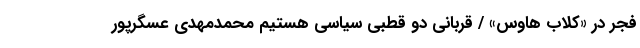
فجر در «کلاب‌ هاوس» / قربانی دو قطبی سیاسی هستیم محمدمهدی عسگرپور